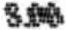
8.00